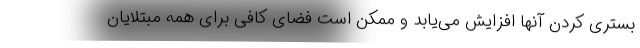
بستری کردن آنها افزایش می‌یابد و ممکن است فضای کافی برای همه مبتلایان